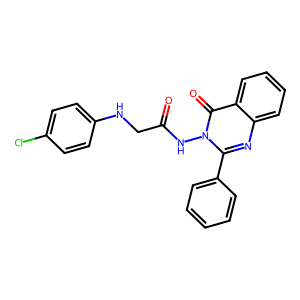
SMILES: O=C(CNc1ccc(Cl)cc1)Nn1c(-c2ccccc2)nc2ccccc2c1=O
Inhibits HIV replication: No